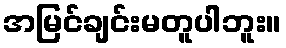
အမြင်ချင်းမတူပါဘူး။